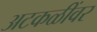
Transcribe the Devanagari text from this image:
अटकळींवर